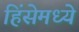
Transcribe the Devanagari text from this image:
हिंसेमध्ये